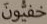
خفيون